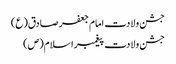
جشن ولادت امام جعفر صادق(ع)
جشن ولادت پیغمبر اسلام(ص)